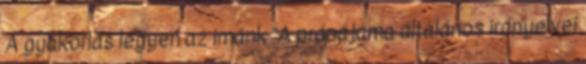
A gyakorlás legyen az imánk "A pránájáma általános irányelvei